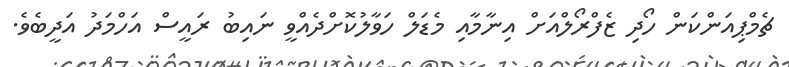
ޗެމްޕިއަންކަން ހޯދި ޒެފްރޯލްއަށް އިނާމާއި މެޑަލް ހަވާލުކޮށްދެއްވީ ނައިބު ރައީސް އަހްމަދު އަދީބެވެ.